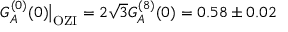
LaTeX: G _ { A } ^ { ( 0 ) } ( 0 ) \big | _ { \mathrm { O Z I } } = 2 \sqrt 3 G _ { A } ^ { ( 8 ) } ( 0 ) = 0 . 5 8 \pm 0 . 0 2